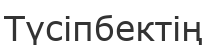
Түсіпбектің